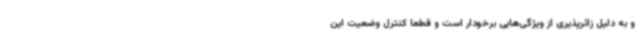
و به دلیل زائرپذیری از ویژگی‌هایی برخودار است و قطعا کنترل وضعیت این